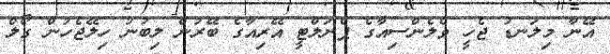
އޭނާ މިލަނޑު ޖެހީ ވެލެންސިއާގެ ޕެނަލްޓީ އޭރިއާގެ ބޭރުން ލިބުނު ހިލޭޖެހުން ގޯލް